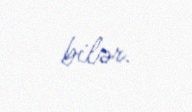
bilər.